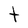
Character: t